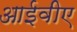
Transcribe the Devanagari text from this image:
आईवीए